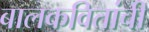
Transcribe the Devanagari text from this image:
बालकवितांची